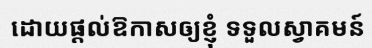
ដោយផ្តល់ឱកាសឲ្យខ្ញុំ ទទួលស្វាគមន៍